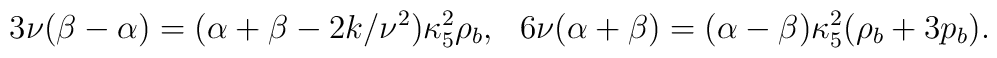
3\nu(\beta-\alpha)=(\alpha+\beta -2k/\nu^2)\kappa^2_5\rho_b,~~6\nu(\alpha+\beta)=(\alpha-\beta)\kappa^2_5(\rho_b+3p_b).